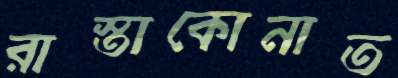
রাস্তাকোনাত